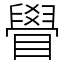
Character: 䁷